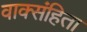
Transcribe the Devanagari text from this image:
वाक्संहिता